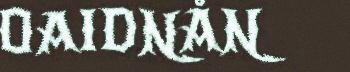
OAIDNÅN